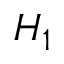
H _ { 1 }